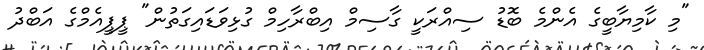
"މި ކާމިޔާބީގެ އެންމެ ބޮޑު ސިއްރަކީ ގާސިމް އިބްރާހިމް ގުޅިވަޑައިގަތުން" ޕީޕީއެމްގެ އަބްދު